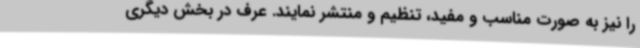
را نیز به صورت مناسب و مفید، تنظیم و منتشر نمایند. عرف در بخش دیگری